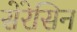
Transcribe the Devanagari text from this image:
सेरेसिन